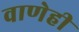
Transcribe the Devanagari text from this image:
वाणेही